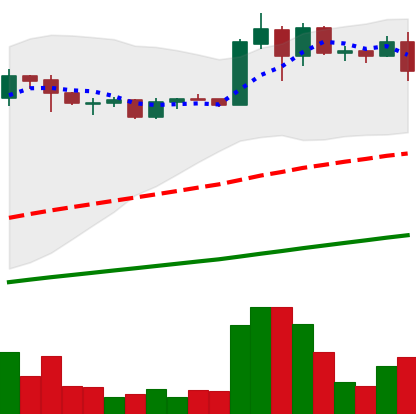
Ticker: ADA-USD
Chart end date: 2020-08-02
Forward return: 4.232%
Label: up_3_5